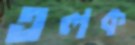
তলক